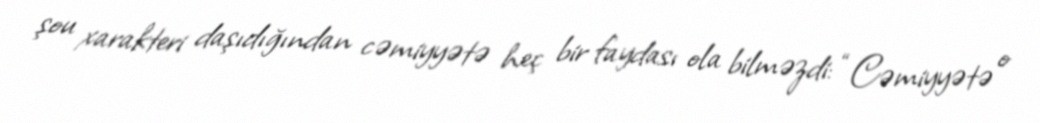
şou xarakteri daşıdığından cəmiyyətə heç bir faydası ola bilməzdi: “Cəmiyyətə o